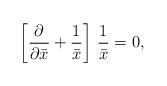
LaTeX: \begin{align*}\left[ {\partial \over \partial \bar x} +{1\over \bar x} \right]\, {1\over \bar x} = 0,\end{align*}